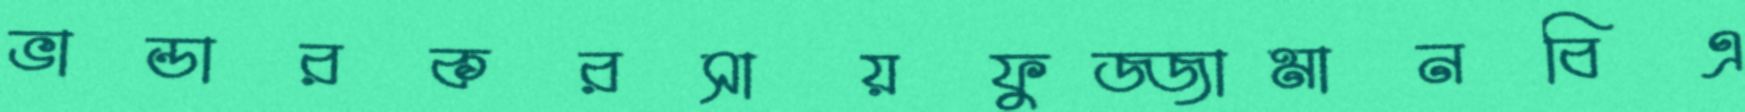
ভান্ডারকরসায়ফুজ্জামানবিএ